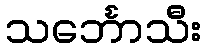
သင်္ဘောသီး